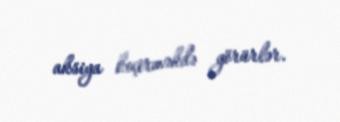
aksiya keçirməkdə görürlər.